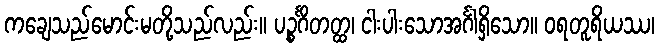
ကချေသည်မောင်းမတို့သည်လည်း။ ပဉ္စင်္ဂိတတ္ထ၊ ငါးပါးသောအင်္ဂါရှိသော။ ဝရတူရိယဿ၊